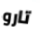
تارو